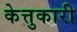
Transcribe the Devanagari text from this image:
केत्तुकारी